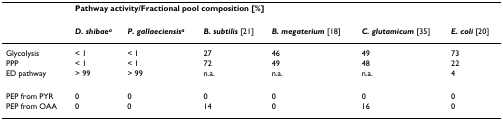
<table><thead><tr><td></td><td colspan="6"><b>Pathway activity/Fractional pool composition [%]</b></td></tr><tr><td></td><td><b><i>D. shibae</i><sup><i>a</i></sup></b></td><td><b><i>P. gallaeciensis</i><sup><i>a</i></sup></b></td><td><b><i>B. subtilis </i>[21]</b></td><td><b><i>B. megaterium </i>[18]</b></td><td><b><i>C. glutamicum </i>[35]</b></td><td><b><i>E. coli </i>[20]</b></td></tr></thead><tbody><tr><td>Glycolysis</td><td>&lt; 1</td><td>&lt; 1</td><td>27</td><td>46</td><td>49</td><td>73</td></tr><tr><td>PPP</td><td>&lt; 1</td><td>&lt; 1</td><td>72</td><td>49</td><td>48</td><td>22</td></tr><tr><td>ED pathway</td><td>&gt; 99</td><td>&gt; 99</td><td>n.a.</td><td>n.a.</td><td>n.a.</td><td>4</td></tr><tr><td>PEP from PYR</td><td>0</td><td>0</td><td>0</td><td>0</td><td>0</td><td>0</td></tr><tr><td>PEP from OAA</td><td>0</td><td>0</td><td>14</td><td>0</td><td>16</td><td>0</td></tr></tbody></table>